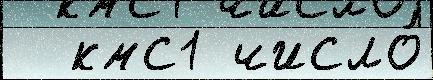
  кмс1 число́